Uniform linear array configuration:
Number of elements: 4
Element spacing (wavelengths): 0.25
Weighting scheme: exponential
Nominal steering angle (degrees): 15
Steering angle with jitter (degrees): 14.569
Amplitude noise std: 0.05
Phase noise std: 0.05

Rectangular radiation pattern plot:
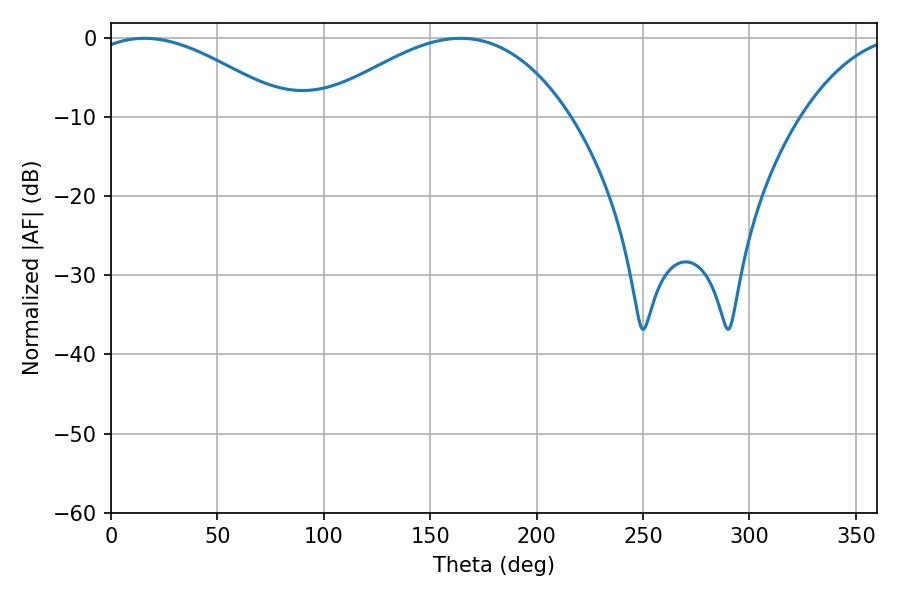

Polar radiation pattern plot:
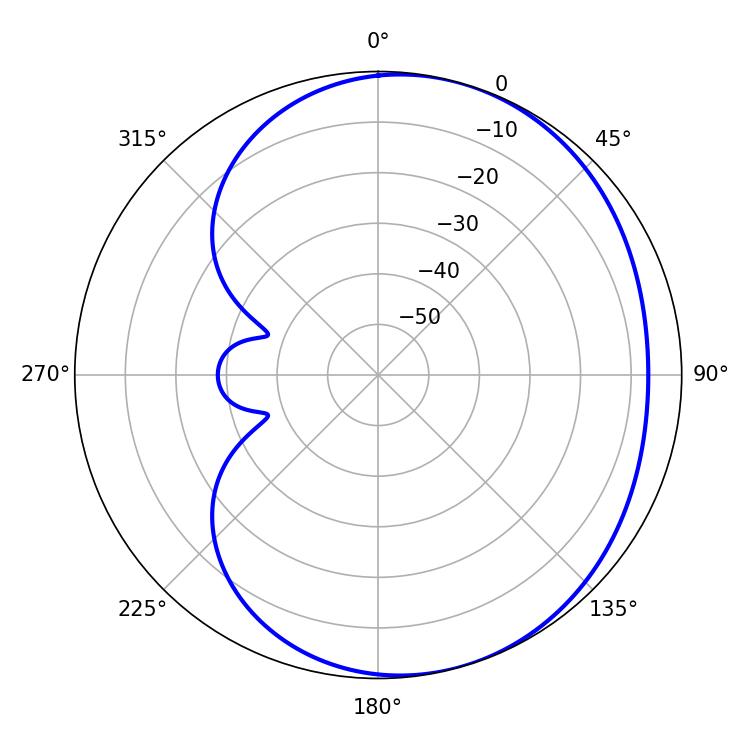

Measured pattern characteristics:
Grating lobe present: FALSE
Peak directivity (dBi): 3.85
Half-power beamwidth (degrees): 51.48
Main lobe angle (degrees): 15.66